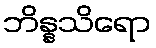
ဘိန္နသိရော